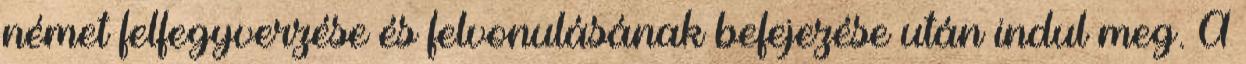
német felfegyverzése és felvonulásának befejezése után indul meg. A